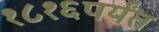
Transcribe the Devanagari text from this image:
१८१६पर्यंत